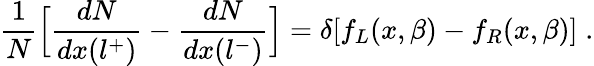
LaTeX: {\frac{1}{N}}\Bigl[{\frac{dN}{dx(l^{+})}}-{\frac{dN}{dx(l^{-})}}\Bigr]=\delta[f_{L}(x,\beta)-f_{R}(x,\beta)]\; .